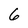
Character: 6